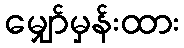
မျှော်မှန်းထား